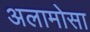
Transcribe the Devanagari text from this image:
अलामोसा